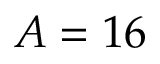
A = 1 6